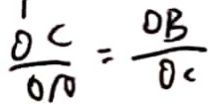
\frac { O C } { O A } = \frac { O B } { O C }